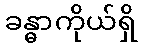
ခန္ဓာကိုယ်ရှိ